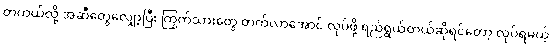
တကယ်လို့ အဆီတွေလျှော့ပြီး ကြွက်သားတွေ တက်လာအောင် လုပ်ဖို့ ရည်ရွယ်တယ်ဆိုရင်တော့ လုပ်ရမယ့်